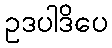
ဥဒပါဒိပေ